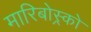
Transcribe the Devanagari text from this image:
मारिबोस्र्को